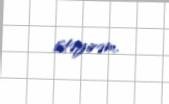
istəyirəm.